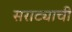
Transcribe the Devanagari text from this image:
सराट्याची